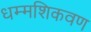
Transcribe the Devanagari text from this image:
धम्मशिकवण